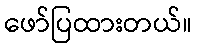
ဖော်ပြထားတယ်။